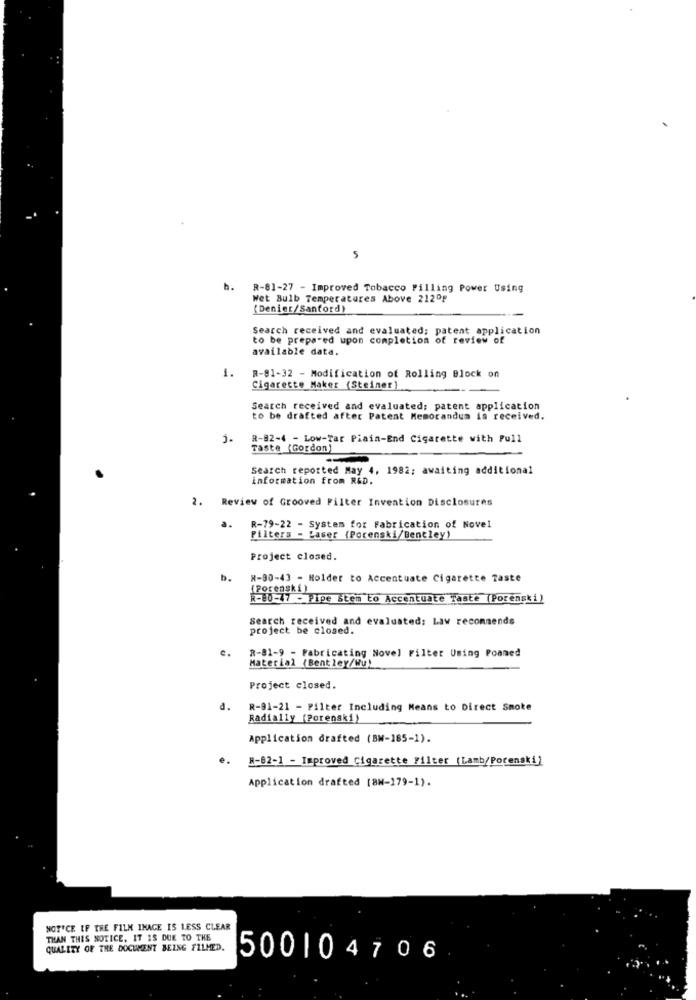
5
h.
R-81-27 - Improved Tobacco Filling Power Using
Wet Bulb Temperatures Above 212ºp
(Denier/Sanford)
Search received and evaluated; patent application
to be prepared upon completion of review of
available data.
1.
R-81-32 - Modification of Rolling Block on
Cigarette Maker (Steiner)
Search received and evaluated; patent application
to be drafted after Patent Memorandum is received.
j.
R-82-4 - Low-Tar Piain-End Cigarette with Pull
Taste (Gordon)
-
Search reported May 4, 1982; awaiting additional
information from R&D.
2. Review of Grooved Filter Invention Disclosures
a.
R-79-22 - System for Fabrication of Novel
Filters - Laser (Porenski/Bentley)
Project closed.
b.
R-90-43 - Holder to Accentuate Cigarette Taste
(Porenski)
R-80-77 - Pipe Stem to Accentuate Taste (Pozenski)
Search received and evaluated: Law recommends
project be closed.
R-81-9 - Fabricating Novel Filter Using Poamed
Material (Bentley/Wu)
Project closed.
d.
R-81-21 - Filter Including Means to Direct Smoke
Radially (Porenski)
Application drafted (BW-185-1).
e.
B-82-1 - Improved Cigarette Filter (Lamb/Porenski)
Application drafted [8N-179-1).
NOTICE IF THE FILM IMAGE IS LESS CLEAR
THAN THIS NOTICE, IT IS DUE TO THE
QUALITY OF THE DOCUMENT BEING FILMED.
500104706